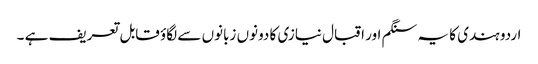
اردو ہندی کا یہ سنگم اور اقبال نیازی کا دونوں زبانوں سے لگاؤ قابل تعریف ہے ۔